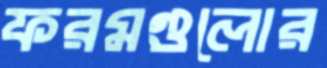
ফরমগুলোর